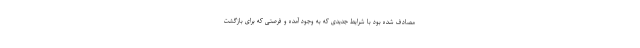
مصادف شده بود با شرایط جدیدی که به وجود آمده و فرصتی که برای بازگشت